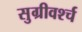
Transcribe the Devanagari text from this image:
सुग्रीवर्श्च